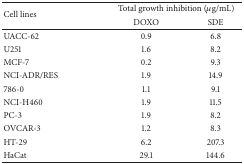
| <ROWSPAN=2> Cell lines | <COLSPAN=2> Total growth inhibition (μg/mL) |
 | DOXO | SDE |
 | --- | --- | --- |
 | UACC-62 | 0.9 | 6.8 |
 | U251 | 1.6 | 8.2 |
 | MCF-7 | 0.2 | 9.3 |
 | NCI-ADR/RES | 1.9 | 14.9 |
 | 786-0 | 1.1 | 9.1 |
 | NCI-H460 | 1.9 | 11.5 |
 | PC-3 | 1.9 | 8.2 |
 | OVCAR-3 | 1.2 | 8.3 |
 | HT-29 | 6.2 | 207.3 |
 | HaCat | 29.1 | 144.6 |